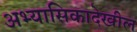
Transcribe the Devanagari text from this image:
अभ्यासिकादेखील